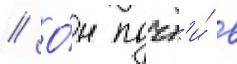
// О́н почт'и́ в